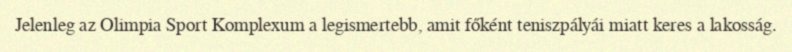
Jelenleg az Olimpia Sport Komplexum a legismertebb, amit főként teniszpályái miatt keres a lakosság.